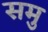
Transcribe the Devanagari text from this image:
समु